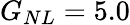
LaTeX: G_{NL}=5.0